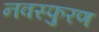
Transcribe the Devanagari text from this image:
नवस्फुरण